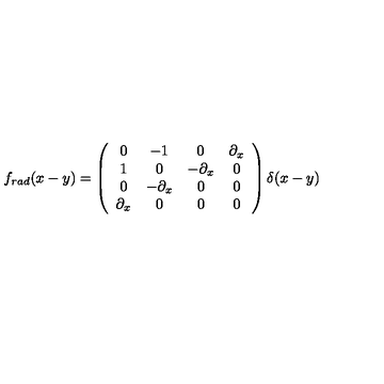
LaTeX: f _ { r a d } ( x - y ) = \left( \begin{array} { c c c c } { 0 } & { { - 1 } } & { 0 } & { \partial _ { x } } \\ { 1 } & { 0 } & { { - \partial _ { x } } } & { 0 } \\ { 0 } & { { - \partial _ { x } } } & { 0 } & { 0 } \\ { \partial _ { x } } & { 0 } & { 0 } & { 0 } \\ \end{array} \right) \delta ( x - y )